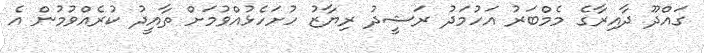
ގައްދޫ ދާއިރާގެ މެމްބަރު އަހުމަދު ރަޝީދު ރިޔާޒު ހުށަހެޅުއްވުމަށް ތާއީދު ކުރެއްވުމުން އެ